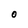
Character: O